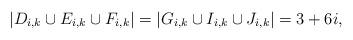
LaTeX: \begin{align*}|D_{i,k} \cup E_{i,k} \cup F_{i,k}| = |G_{i,k} \cup I_{i,k} \cup J_{i,k}| & = 3 + 6i, \end{align*}